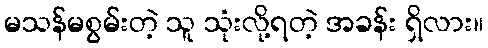
မသန်မစွမ်းတဲ့ သူ သုံးလို့ရတဲ့ အခန်း ရှိလား။